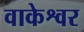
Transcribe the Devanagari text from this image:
वाकेश्वर